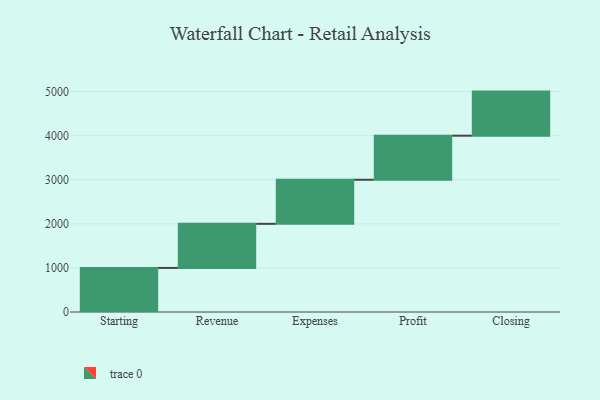
{"axis": {"x": "Step", "y": "Value"}, "legend": [""], "data": [{"x": "Starting", "y": 1000, "type": ""}, {"x": "Revenue", "y": 1000, "type": ""}, {"x": "Expenses", "y": 1000, "type": ""}, {"x": "Profit", "y": 1000, "type": ""}, {"x": "Closing", "y": 1000, "type": ""}]}